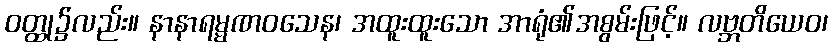
ဝတ္ထု၌လည်း။ နာနာရမ္မဏဝသေန၊ အထူးထူးသော အာရုံ၏အစွမ်းဖြင့်။ လဗ္ဘတိယေဝ၊